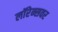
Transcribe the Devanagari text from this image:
लॉरेन्सवर